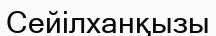
Сейілханқызы